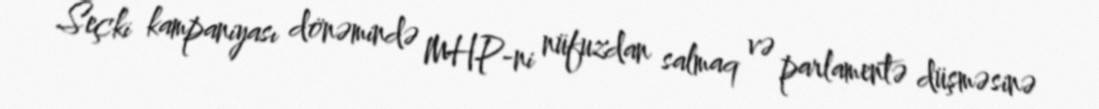
Seçki kampaniyası dönəmində MHP-ni nüfuzdan salmaq və parlamentə düşməsinə